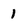
Character: 1